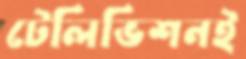
টেলিভিশনই